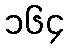
၁၆၄